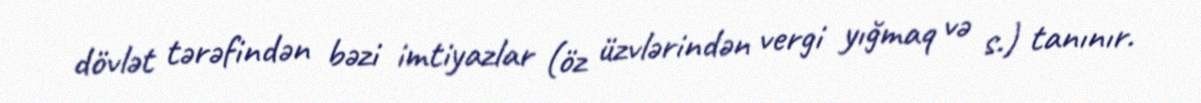
dövlət tərəfindən bəzi imtiyazlar (öz üzvlərindən vergi yığmaq və s.) tanınır.